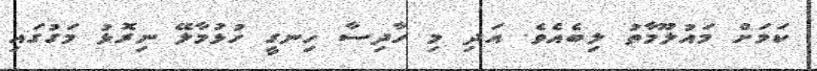
ކަމަށް މައުލޫމާތު ލިބެއެވެ. އަދި މި ހާދިސާ ހިނގީ ހުޅުމާލޭ ނިރޮޅު މަގުގައި